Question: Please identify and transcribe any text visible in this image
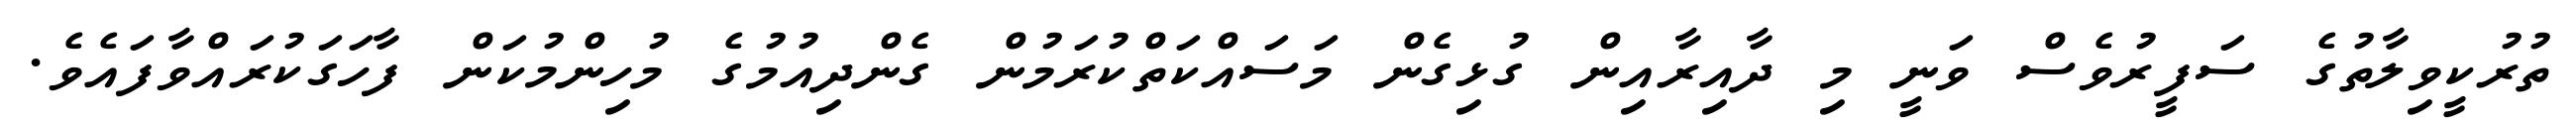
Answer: ތުރުކީވިލާތުގެ ސަފީރުވެސް ވަނީ މި ދާއިރާއިން ގުޅިގެން މަސައްކަތްކުރަމުން ގެންދިއުމުގެ މުހިންމުކަން ފާހަގަކުރައްވާފައެވެ.